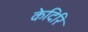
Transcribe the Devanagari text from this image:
केदिरि